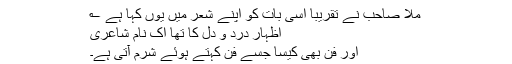
ملا صاحب نے تقریباً اسی بات کو اپنے شعر میں یوں کہا ہے ؎
اظہار درد و دل کا تھا اک نام شاعری
اور فن بھی کیسا جسے فن کہتے ہوئے شرم آتی ہے۔